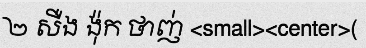
២ សឺង ង៉ុក ថាញ់ <small><center>(